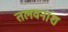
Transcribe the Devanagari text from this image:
तलवनांश